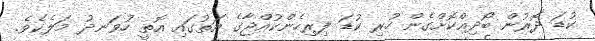
ކުޑަ ދޮރުން ބޯދިއްކޮށްގެން ހުރި ކުޑަ ފިރިހެންކުއްޖާގެ އަތުގައި އޮތީ ހުވަނދު މަލެކެވެ.